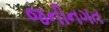
જનીનગત